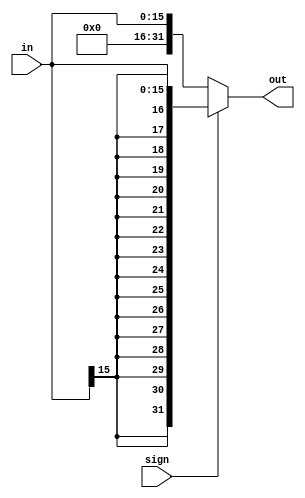
`timescale 1ns / 1ps
////////////////////////////////////////////////////////////////////////////////
// ECE369 - Computer Architecture
// Name: Andrew Camps
// Module - SignExtension.v
// Description - Sign extension module.
////////////////////////////////////////////////////////////////////////////////
module SignExtension(in, out, sign);

    /* A 16-Bit input word */
    input [15:0] in;
    input sign;
    
    /* A 32-Bit output word */
    output reg [31:0] out;
    
    /* Fill in the implementation here ... */
    
    always @(*) begin
        if(sign)
            out <= $signed(in);
        else
            out <= in;
    end

endmodule